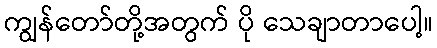
ကျွန်တော်တို့အတွက် ပို သေချာတာပေါ့။